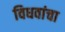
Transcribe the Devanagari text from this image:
विधवांचा